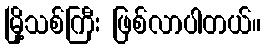
မြို့သစ်ကြီး ဖြစ်လာပါတယ်။